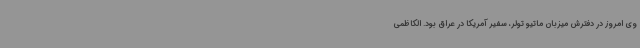
وی امروز در دفترش میزبان ماتیو تولر، سفیر آمریکا در عراق بود. الکاظمی